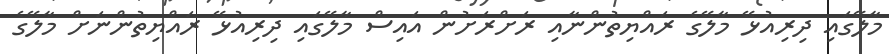
މާލޭގައި ދިރިއުޅޭ މާލޭގެ ރައްޔިތުންނާއި ރަށްރަށުން އައިސް މާލޭގައި ދިރިއުޅޭ ރައްޔިތުންނަށް މާލޭގެ